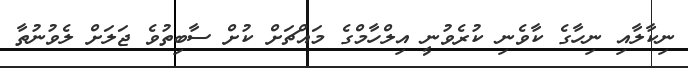
ނިކާލާއި ނިހާގެ ކާވެނި ކުރެވުނީ އިލްހާމްގެ މައްޗަށް ކުށް ސާބިތުވެ ޖަލަށް ލެވުނުތާ